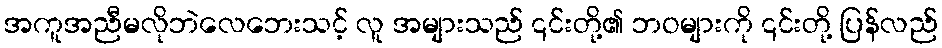
အကူအညီမလိုဘဲလေဘေးသင့် လူ အများသည် ၎င်းတို့၏ ဘဝများကို ၎င်းတို့ ပြန်လည်